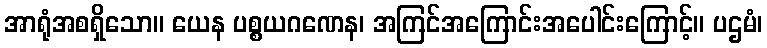
အာရုံအစရှိသော။ ယေန ပစ္စယဂဏေန၊ အကြင်အကြောင်းအပေါင်းကြောင့်။ ပဌမံ၊